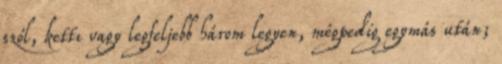
szól, kettı vagy legfeljebb három legyen, mégpedig egymás után;